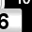
Digit: 6